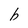
Character: b